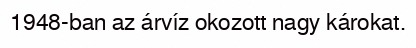
1948-ban az árvíz okozott nagy károkat.